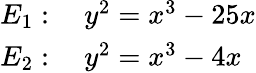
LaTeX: \begin{array}{rl}{E_{1}:}&{{}{\mathrm{~}}y^{2}=x^{3}-25x}\\ {E_{2}:}&{{}{\mathrm{~}}y^{2}=x^{3}-4x}\end{array}